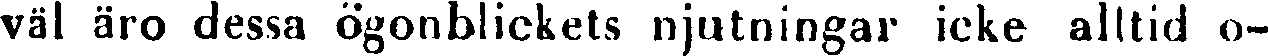
väl äro dessa ögonblickets njutningar icke alltid o-